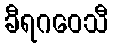
ခီရဂဝေသီ